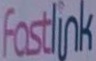
Fastlink